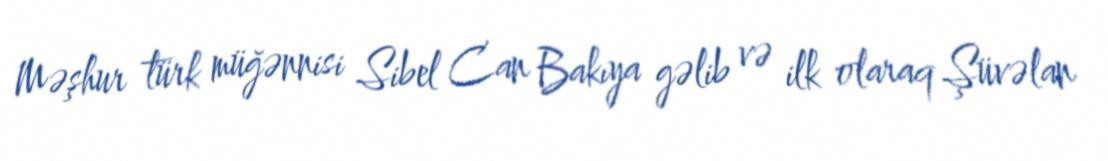
Məşhur türk müğənnisi Sibel Can Bakıya gəlib və ilk olaraq Şüvəlan